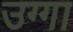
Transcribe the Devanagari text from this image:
उग्गा